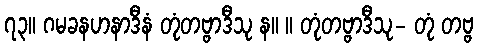
၇၃။ ဂမခနဟနာဒီနံ တုံတဗ္ဗာဒီသု န။ ။ တုံတဗ္ဗာဒီသု- တုံ တဗ္ဗ